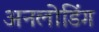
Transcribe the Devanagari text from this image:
अनलोडिंग